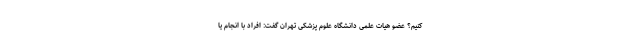
کنیم؟ عضو هیات علمی دانشگاه علوم پزشکی تهران گفت: افراد با انجام یا